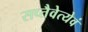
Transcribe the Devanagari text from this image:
सप्तैवेत्येवं